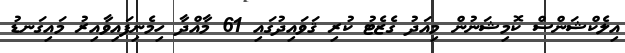
އިލެކްޝަންސް ކޮމިޝަނުން މިއަދު ގެޒެޓު ކުރި ޤަވައިދުގައި 61 މާއްދާ ހިމެނިފައިވާއިރު މައިގަނޑު